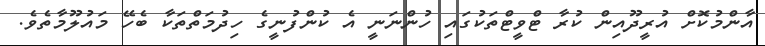
އާންމުކޮށް އުރީދޫއިން ކުރާ ޓްވީޓްތަކުގައި ހުންނަނީ އެ ކުންފުނީގެ ހިދުމަތްތަކާ ބެހޭ މައުލޫމާތެވެ.